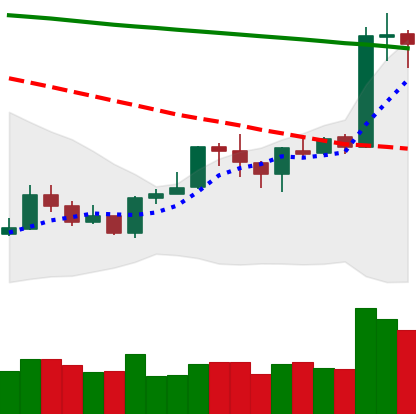
Ticker: ETH-USD
Chart end date: 2020-01-16
Forward return: 3.228%
Label: up_3_5